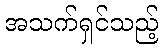
အသက်ရှင်သည့်